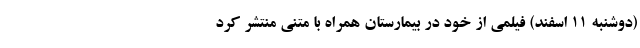
(دوشنبه 11 اسفند) فیلمی از خود در بیمارستان همراه با متنی منتشر کرد